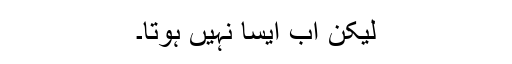
لیکن اب ایسا نہیں ہوتا۔